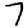
Digit: 7